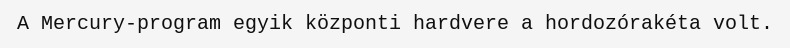
A Mercury-program egyik központi hardvere a hordozórakéta volt.